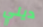
ديلي